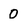
Character: 0